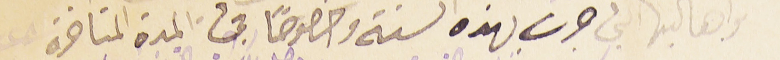
واهاليها التي جرت بهذه السنة وخصوصًا فى المدة المتأخرة